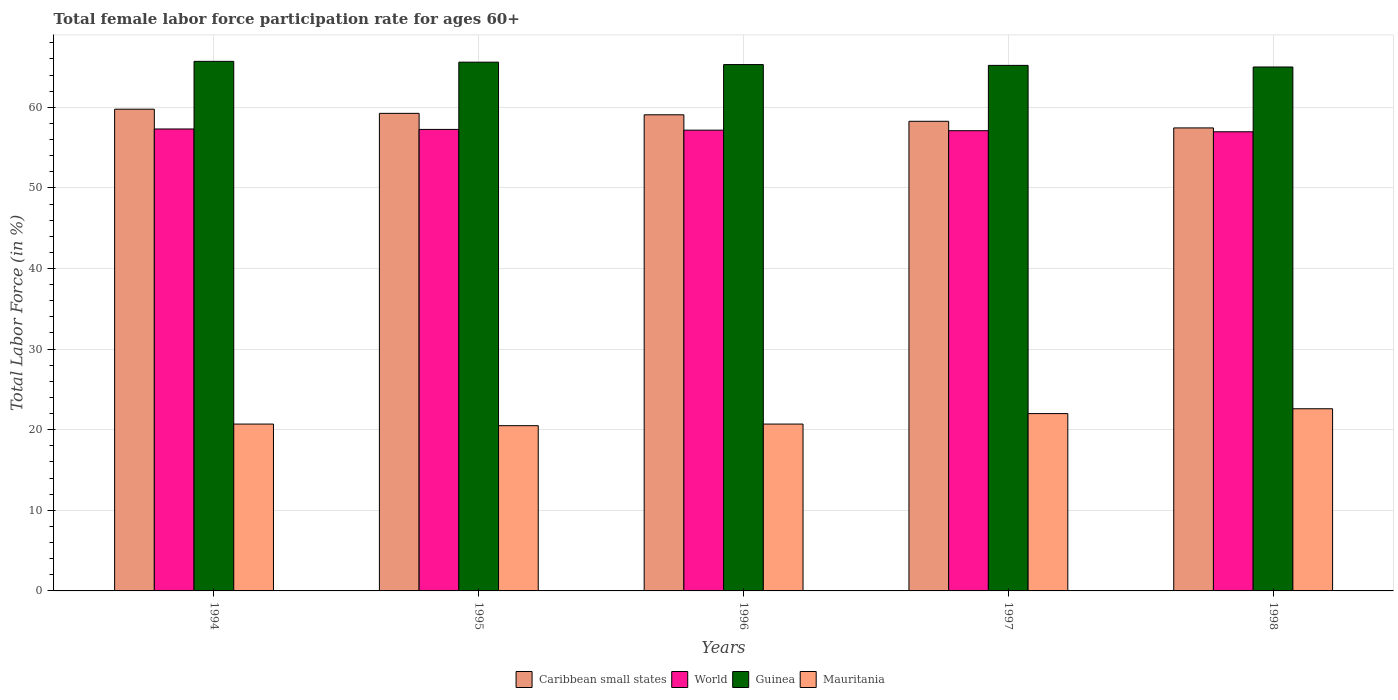
| Years | Caribbean small states | World | Guinea | Mauritania |
 | --- | --- | --- | --- | --- |
 | 1994 | 59.8 | 57.3 | 65.7 | 20.7 |
 | 1995 | 59.2 | 57.3 | 65.6 | 20.5 |
 | 1996 | 59.1 | 57.2 | 65.3 | 20.7 |
 | 1997 | 58.3 | 57.1 | 65.2 | 22 |
 | 1998 | 57.4 | 57 | 65 | 22.6 |